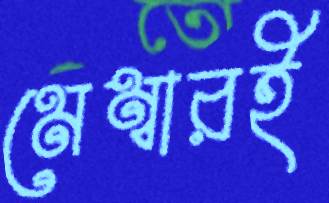
মেম্বারই